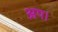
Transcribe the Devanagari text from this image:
अप।